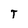
Character: T